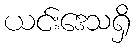
ယင်းဒေသရှိ